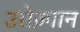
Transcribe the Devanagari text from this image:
उरोज़्गान